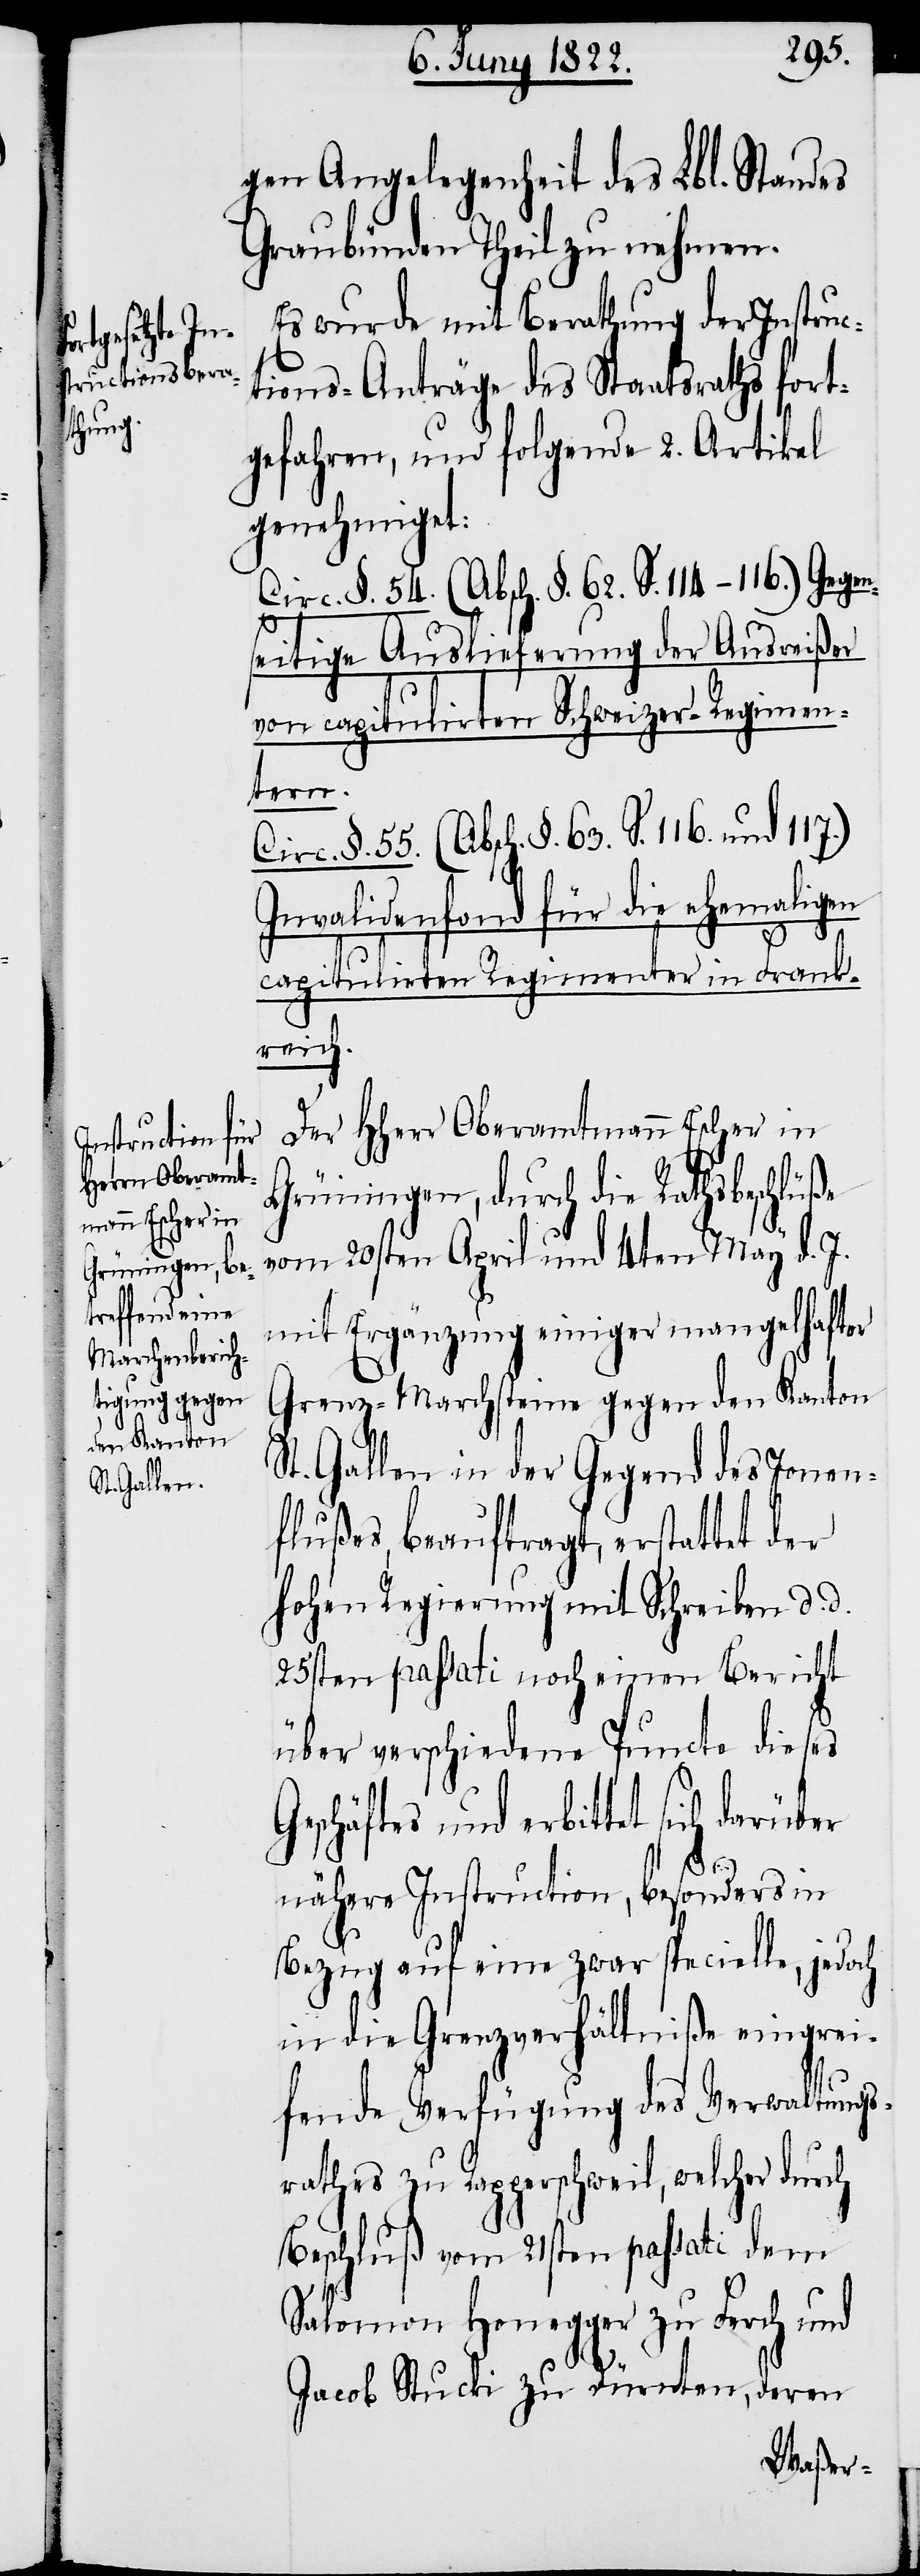
gen Angelegenheit des Lbl. Standes
Graubünden Theil zu nehmen.
Es wurde mit Berathung der Instruc¬
tions-Anträge des Staatsraths fort¬
gefahren, und folgende 2. Artikel
genehmiget:
Circ. §. 55. (Absch. §. 63. S. 116. und
seitige Auslieferung der Ausreißer
von capitulirten Schweizer-Regimen¬
tern.
Invalidenfond für die ehemaligen
capitulirten Regimenter in Frank¬
reich.
Der HHerr Oberamtmann Escher in
Grüningen, durch die Rathsbeschlüße
vom 20sten April und 3ten May d. J.
mit Ergänzung einiger mangelhafter
Grenz-Marchsteine gegen den Kanton
St. Gallen in der Gegend des Jonen¬
flußes, beauftragt, erstattet der
hohen Regierung mit Schreiben d. d.
25sten passati noch einen Bericht
über verschiedene Puncte dieses
Geschäftes und erbittet sich
näherer Instruction, besonders in
Bezug auf eine zwar specielle, jedoch
in die Grenzverhältniße eingrei¬
fende Verfügung des Verwaltungs¬
rathes zu Rapperschweil, welcher durch
Beschluß vom 21sten passati dem
Salomon Honegger zu Ferch und
Jacob Stucki zu Dürnten, deren